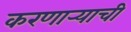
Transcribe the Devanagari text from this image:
करणार्‍याची